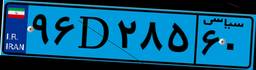
۹۶D۲۸۵۶۰